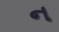
ન